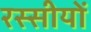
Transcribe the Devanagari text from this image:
रस्सीयों